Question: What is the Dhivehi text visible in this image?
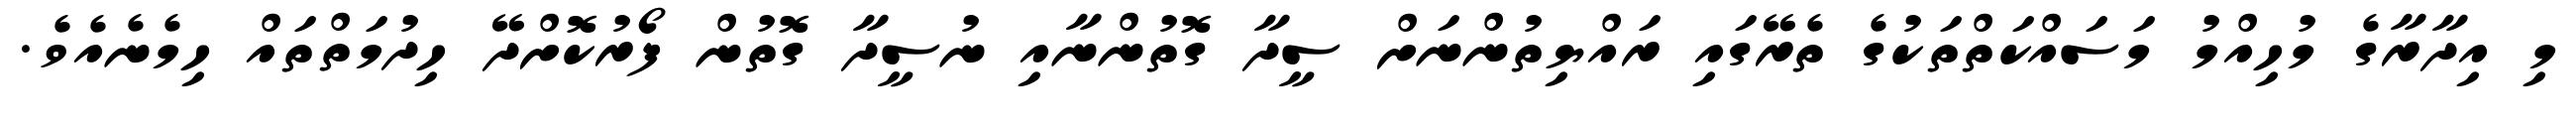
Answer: މި އިދާރާގެ މުހިއްމު މަސައްކަތްތަކުގެ ތެރޭގައި ރައްޔިތުންނަށް ސީދާ ގޮތުންނާއި ނުސީދާ ގޮތުން ފޯރުކޮށްދޭ ހިދުމަތްތައް ހިމެނެއެވެ.